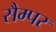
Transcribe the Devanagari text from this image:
सैम्पर